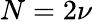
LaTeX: N=2\nu